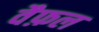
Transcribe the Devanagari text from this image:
वैफ़ल